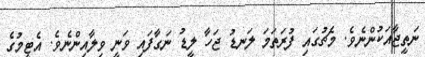
ނަތީޖާއަކުންނެވެ. މެޗުގައި ފުރަތަމަ ލަނޑު ޖަހާ ލީޑު ނަގާފައި ވަނީ ވިލާއިންނެވެ. އެޓީމުގެ